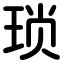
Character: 琐